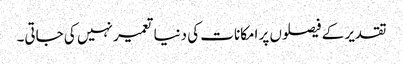
تقدیر کے فیصلوں پر امکانات کی دنیا تعمیر نہیں کی جاتی۔